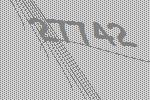
27742